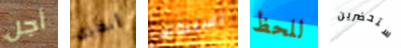
أجل أنظرى استبداله للحظ ستحضرين